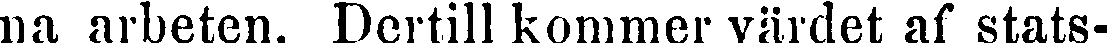
na arbeten. Dertill kommer värdet af stats-